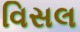
વિસલ